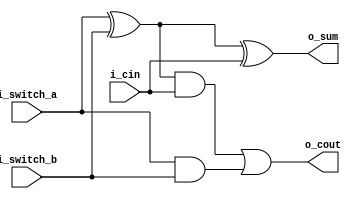
//This program represents a full adder, with 2 inputs, a carry-in input, and carry-out and a sum output

module full_adder(
    input i_switch_a,
    input i_switch_b,
    input i_cin,
    output o_cout,
    output o_sum
);

wire w_op1;
wire w_op2;
wire w_op3;

assign w_op1 = i_switch_a ^ i_switch_b;
assign w_op2 = w_op1 & i_cin;
assign w_op3 = i_switch_a & i_switch_b;

assign o_cout = w_op2 | w_op3 ;

assign o_sum = w_op1 ^ i_cin ;


endmodule